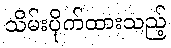
သိမ်းပိုက်ထားသည့်